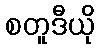
စတူဒီယို